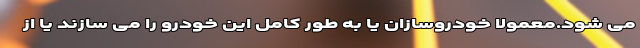
می شود.معمولا خودروسازان یا به طور کامل این خودرو را می سازند یا از